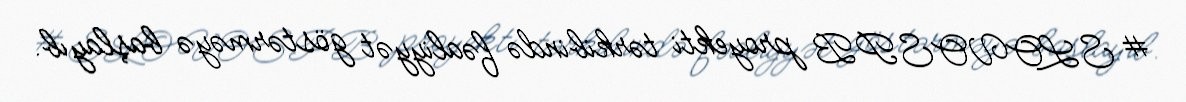
#SLOVOSPB proyekti tərkibində fəaliyyət göstərməyə başlayıb.